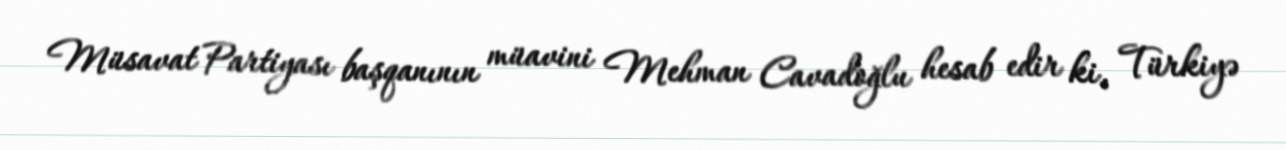
Müsavat Partiyası başqanının müavini Mehman Cavadoğlu hesab edir ki, Türkiyə